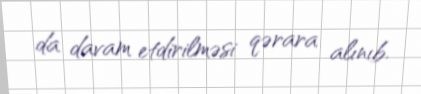
da davam etdirilməsi qərara alınıb.